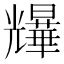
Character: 𫤨